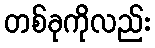
တစ်ခုကိုလည်း